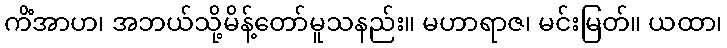
ကိံအာဟ၊ အဘယ်သို့မိန့်တော်မူသနည်း။ မဟာရာဇ၊ မင်းမြတ်။ ယထာ၊